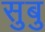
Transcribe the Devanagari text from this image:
सुबु